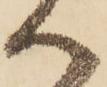
へ